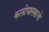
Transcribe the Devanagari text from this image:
कलोपासकचे